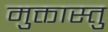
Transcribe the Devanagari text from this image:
मुक्तास्तु